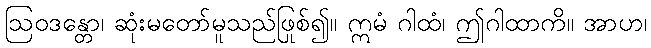
ဩဝဒန္တော၊ ဆုံးမတော်မူသည်ဖြစ်၍။ ဣမံ ဂါထံ၊ ဤဂါထာကို။ အာဟ၊